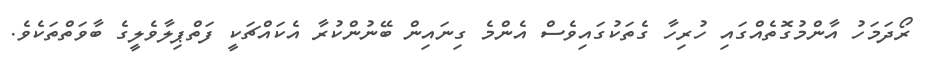
ރޯދަމަހު އާންމުގޮތެއްގައި ހުރިހާ ގެތަކުގައިވެސް އެންމެ ގިނައިން ބޭނުންކުރާ އެކައްޗަކީ ފަތްޕިލާވެލީގެ ބާވަތްތަކެވެ.